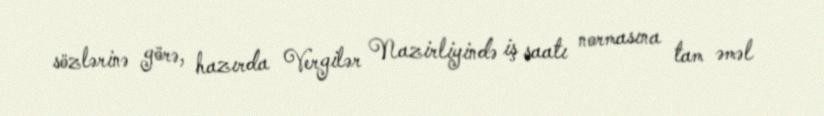
sözlərinə görə, hazırda Vergilər Nazirliyində iş saatı normasına tam əməl